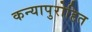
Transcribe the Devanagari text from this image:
कन्यापुरोहित